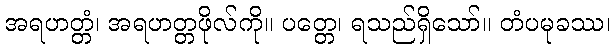
အရဟတ္တံ၊ အရဟတ္တဖိုလ်ကို။ ပတ္တေ၊ ရသည်ရှိသော်။ တံပမုခဿ၊